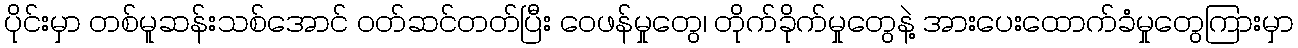
ပိုင်းမှာ တစ်မူဆန်းသစ်အောင် ဝတ်ဆင်တတ်ပြီး ဝေဖန်မှုတွေ၊ တိုက်ခိုက်မှုတွေနဲ့ အားပေးထောက်ခံမှုတွေကြားမှာ